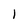
Character: l